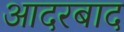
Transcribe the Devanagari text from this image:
आदरबाद